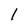
Character: l